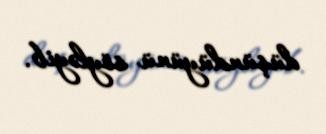
düşündüyünü söyləyib.